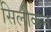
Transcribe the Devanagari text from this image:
सिलीकन